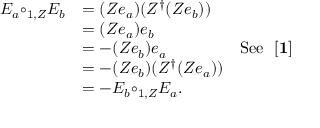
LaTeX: \begin{array} { c l l } { { E _ { a } { \circ _ { 1 , Z } } E _ { b } } } & { { = ( Z e _ { a } ) ( Z ^ { \dagger } ( Z e _ { b } ) ) } } & { { } } \\ { { } } & { { = ( Z e _ { a } ) e _ { b } } } & { { } } \\ { { } } & { { = - ( Z e _ { b } ) e _ { a } } } & { { \mathrm { S e e ~ { \bf ~ [ 1 ] } } } } \\ { { } } & { { = - ( Z e _ { b } ) ( Z ^ { \dagger } ( Z e _ { a } ) ) } } & { { } } \\ { { } } & { { = - E _ { b } { \circ _ { 1 , Z } } E _ { a } . } } & { { } } \end{array}